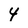
Character: 4